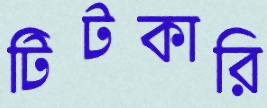
টিটকারি